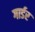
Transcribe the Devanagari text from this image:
गार्डर